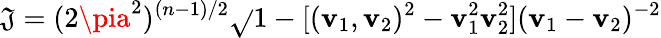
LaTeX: \mathfrak{J}=(2\pia^{2})^{(n-1)/2}\sqrt{}{{1-[({\mathbf{v}}_{1},{\mathbf{v}}_{2})^{2}-{\mathbf{v}}_{1}^{2}{\mathbf{v}}_{2}^{2}]({\mathbf{v}}_{1}-{\mathbf{v}}_{2})^{-2}}}